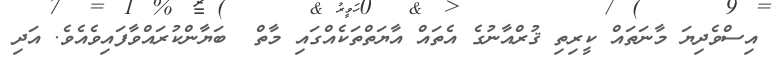
އިސްވެދިޔަ މާނަތައް ކީރިތި ޤުރްއާނުގެ އެތައް އާޔަތްތަކެއްގައި މާތް  ބަޔާންކުރައްވާފައިވެއެވެ. އަދި